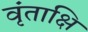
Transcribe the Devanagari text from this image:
वृंताक्षि